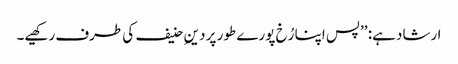
ارشاد ہے: ’’پس اپنا رُخ پورے طور پر دینِ حنیف کی طرف رکھیے۔